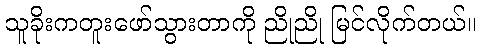
သူခိုးကတူးဖော်သွားတာကို ညိုညို မြင်လိုက်တယ်။